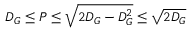
D _ { G } \leq P \leq \sqrt { 2 D _ { G } - D _ { G } ^ { 2 } } \leq \sqrt { 2 D _ { G } }